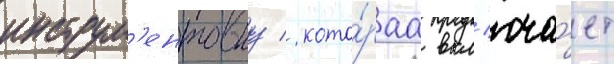
инструм'ентовку / кото́раа вкл'юча́ет